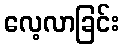
လေ့လာခြင်း